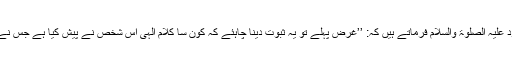
حضرت مسیح موعود علیہ الصلوٰۃ والسلام فرماتے ہیں کہ: ’’غرض پہلے تو یہ ثبوت دینا چاہئے کہ کون سا کلام الٰہی اس شخص نے پیش کیا ہے جس نے نبوت کا دعویٰ کیا۔